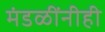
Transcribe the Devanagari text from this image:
मंडळींनीही